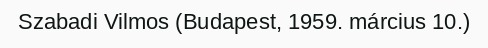
Szabadi Vilmos (Budapest, 1959. március 10.)